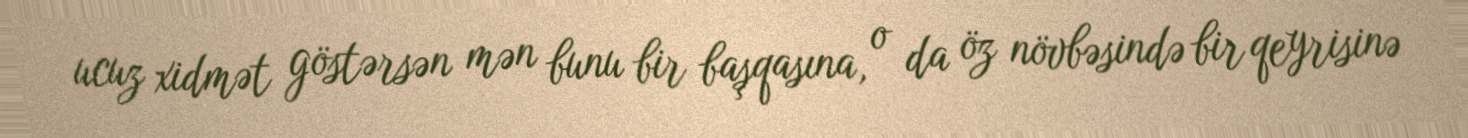
ucuz xidmət göstərsən mən bunu bir başqasına, o da öz növbəsində bir qeyrisinə